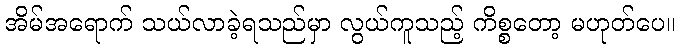
အိမ်အရောက် သယ်လာခဲ့ရသည်မှာ လွယ်ကူသည့် ကိစ္စတော့ မဟုတ်ပေ။